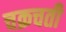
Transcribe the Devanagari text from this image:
चक्रचती